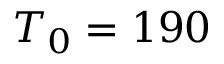
T _ { 0 } = 1 9 0